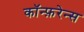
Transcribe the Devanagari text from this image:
कॉन्फ़रेन्स